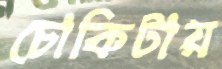
চোকিটায়